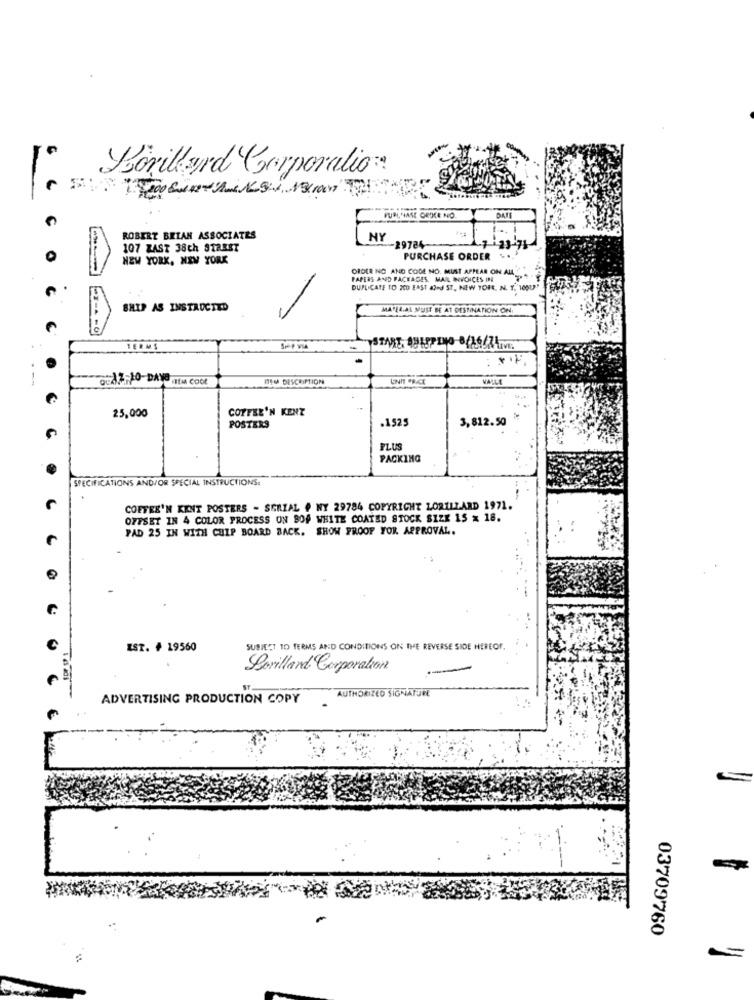
Borillard Corporalio
PUBLVIASE ORDCE NO
ROBERT BRIAN ASSOCIATES
NY
107 ZAST 38th STREET
-29784-
..
NEW YORK, NEW YORK
PURCHASE ORDER
-
ORDER NO AND CODE NO. MUST APPEAR ON ALL"
PAPERS AND PACKAGES MAIL INVOICES INI
DUPLICATE TO 200 EAST And ST, NEW YORK, N. Y. 16OU"
SHIP AS INSTRUCTED
MAYER.AL SPUST BE AT DESTINATION ON.
TERMS
65AZ PO-DAYS MEM COOL
ITEM DESCRIPTION
VALLE
COFFEE'N KENT
25,000
.1525
3,812.50
POSTERS
PLUS
PACKING
SPECIFICATIONS AND/OR SPECIAL INSTRUCTIONS:
COFFEE'N KENT POSTERS - SERIAL # NY 29784 COPYRIGHT LORILLARD 1971.
OFFSET IN 4 COLOR PROCESS ON BOF WHITE COATED STOCK SIZE 15 x 18.
PAD 25 IN WITH CHIP BOARD BACK. SHOW PROOF YOR APPROVAL.
IST. # 19560
SUBIECT TO TERMS AND CONDITIONS ON THE REVERSE SIDE HEREOF.
Lovilland Corporation
AUTHORIZED SIGNATURE
ADVERTISING PRODUCTION COPY
-
03709760